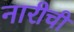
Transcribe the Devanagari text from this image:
नारीची